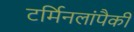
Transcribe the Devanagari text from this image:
टर्मिनलांपैकी